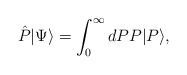
\begin{align*}\hat{P}|\Psi\rangle = \int_0^\infty dP P |P\rangle,\end{align*}